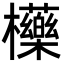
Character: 㰛